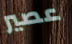
عصير